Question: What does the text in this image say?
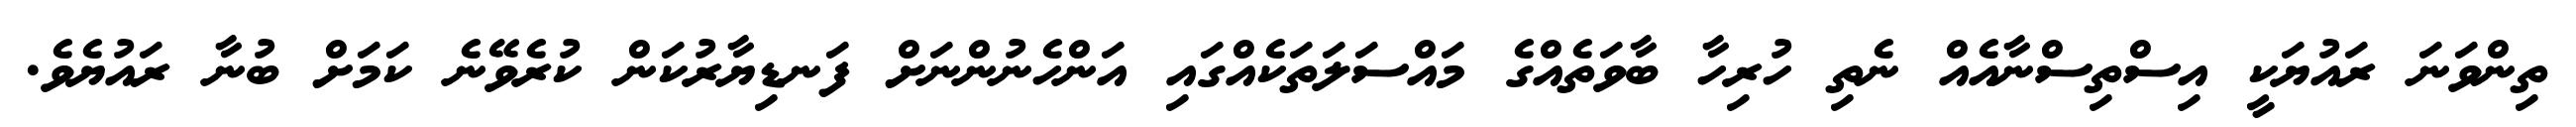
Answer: ތިންވަނަ ރައުޔަކީ އިސްތިސްނާއެއް ނެތި ހުރިހާ ބާވަތެއްގެ މައްސަލަތަކެއްގައި އަންހެނުންނަށް ފަނޑިޔާރުކަން ކުރެވޭނެ ކަމަށް ބުނާ ރައުޔެވެ.